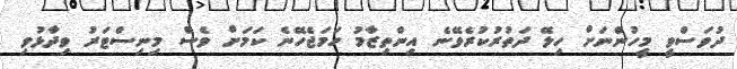
ދުވަސްވީ މީހުންނަށް ހިލޭ ދަތުރުކުރެވޭނެ އިންތިޒާމު ހަމަޖެހޭނެ ކަމަށް ވެސް މިނިސްޓަރު ވިދާޅުވި